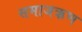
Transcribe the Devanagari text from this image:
समाजऋण